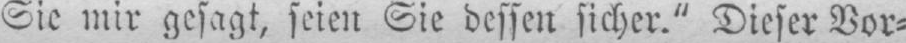
Sie mir gesagt, seien Sie dessen sicher.” Dieser Vor⸗